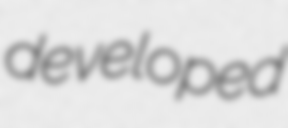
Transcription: developed